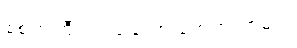
စစ်ကဲကြီး ဘယ်တော့ ရောက်လာမလဲ